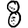
Digit: 8